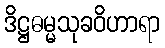
ဒိဋ္ဌဓမ္မသုခဝိဟာရာ